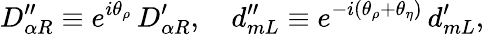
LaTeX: D_{\alpha R}^{\prime\prime}\equiv e^{i\theta_{\rho}}\, D_{\alpha R}^{\prime},\quad d_{mL}^{\prime\prime}\equiv e^{-i(\theta_{\rho}+\theta_{\eta})}\, d_{mL}^{\prime},